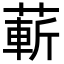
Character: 蔪